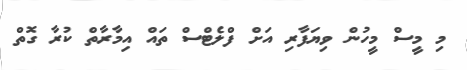
މި މީސް މީހުން ވިޔަފާރި އަށް ފްލެޓްސް ތައް އިމާރާތް ކުރާ ގޮތް